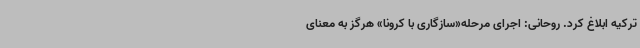
ترکیه ابلاغ کرد. روحانی: اجرای مرحله«سازگاری با کرونا» هرگز به معنای